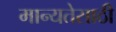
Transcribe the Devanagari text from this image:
मान्यतेसाठी